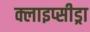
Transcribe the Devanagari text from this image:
क्लाइप्सीड्रा